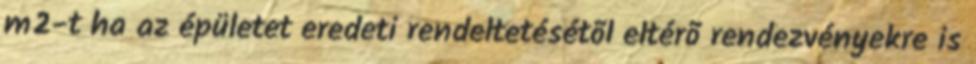
m2-t ha az épületet eredeti rendeltetésétõl eltérõ rendezvényekre is